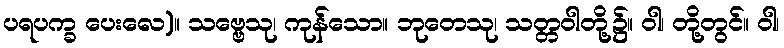
ပရပက္ခ ပေးလေ)။ သဗ္ဗေသု၊ ကုန်သော။ ဘုတေသု၊ သတ္တဝါတို့၌။ ဝါ၊ တို့တွင်။ ဝါ၊